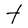
Character: t